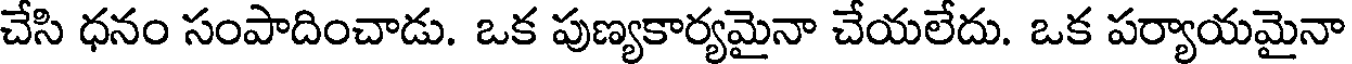
చేసి ధనం సంపాదించాడు. ఒక పుణ్యకార్యమైనా చేయలేదు. ఒక పర్యాయమైనా